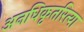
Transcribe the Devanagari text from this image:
अनधिकृतरित्या